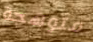
متوهجة